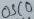
Text: OSC0